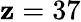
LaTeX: \mathbf{z}=37